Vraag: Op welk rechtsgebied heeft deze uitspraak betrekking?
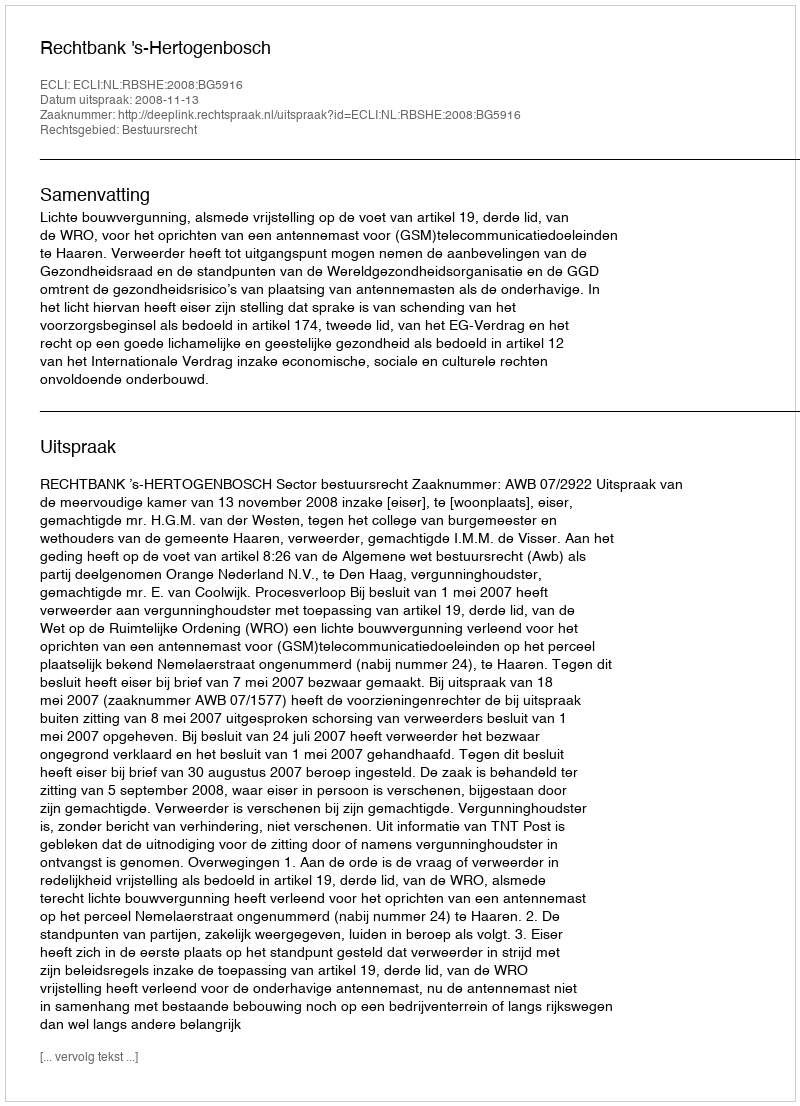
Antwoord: Bestuursrecht